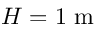
H = 1 \textrm { m }